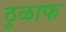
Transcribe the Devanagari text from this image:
ठुळाफ